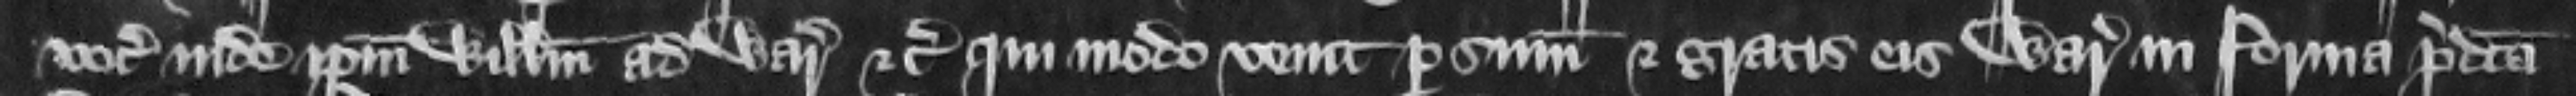
vocauerunt inde ipsum Willelmum ad warantum etc. Qui modo venit per summonicionem et gratis eis warantizat in forma predicta